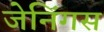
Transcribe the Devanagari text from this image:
जेनिंगस